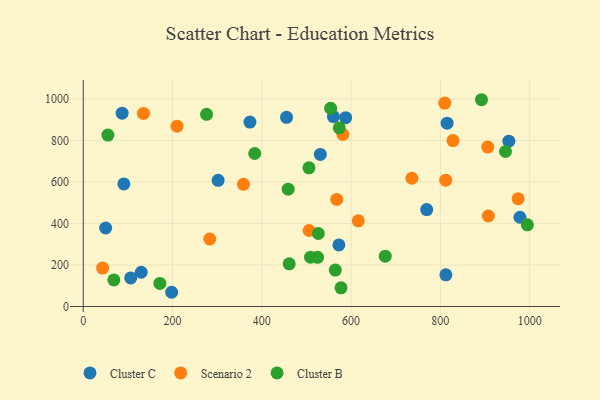
{"axis": {"x": "Speed", "y": "Profit"}, "legend": ["Cluster B", "Cluster C", "Scenario 2"], "data": [{"x": "87.1", "y": 931.3, "type": "Cluster C"}, {"x": "812.3", "y": 152.3, "type": "Cluster C"}, {"x": "198.0", "y": 68.4, "type": "Cluster C"}, {"x": "129.9", "y": 164.9, "type": "Cluster C"}, {"x": "531.1", "y": 732.8, "type": "Cluster C"}, {"x": "815.1", "y": 883.0, "type": "Cluster C"}, {"x": "769.4", "y": 466.8, "type": "Cluster C"}, {"x": "572.6", "y": 296.7, "type": "Cluster C"}, {"x": "91.0", "y": 590.7, "type": "Cluster C"}, {"x": "302.1", "y": 608.0, "type": "Cluster C"}, {"x": "587.9", "y": 909.9, "type": "Cluster C"}, {"x": "953.4", "y": 796.7, "type": "Cluster C"}, {"x": "978.3", "y": 430.0, "type": "Cluster C"}, {"x": "560.4", "y": 914.8, "type": "Cluster C"}, {"x": "50.2", "y": 378.2, "type": "Cluster C"}, {"x": "373.4", "y": 888.5, "type": "Cluster C"}, {"x": "455.4", "y": 911.4, "type": "Cluster C"}, {"x": "106.3", "y": 137.5, "type": "Cluster C"}, {"x": "907.5", "y": 436.0, "type": "Scenario 2"}, {"x": "811.9", "y": 608.5, "type": "Scenario 2"}, {"x": "567.9", "y": 515.9, "type": "Scenario 2"}, {"x": "358.9", "y": 588.5, "type": "Scenario 2"}, {"x": "809.8", "y": 980.1, "type": "Scenario 2"}, {"x": "210.1", "y": 868.8, "type": "Scenario 2"}, {"x": "134.9", "y": 930.4, "type": "Scenario 2"}, {"x": "43.4", "y": 184.9, "type": "Scenario 2"}, {"x": "616.1", "y": 412.8, "type": "Scenario 2"}, {"x": "283.4", "y": 325.0, "type": "Scenario 2"}, {"x": "581.7", "y": 828.7, "type": "Scenario 2"}, {"x": "906.1", "y": 768.0, "type": "Scenario 2"}, {"x": "828.3", "y": 799.3, "type": "Scenario 2"}, {"x": "974.2", "y": 519.5, "type": "Scenario 2"}, {"x": "736.2", "y": 617.9, "type": "Scenario 2"}, {"x": "505.9", "y": 366.1, "type": "Scenario 2"}, {"x": "68.5", "y": 127.9, "type": "Cluster B"}, {"x": "524.8", "y": 237.0, "type": "Cluster B"}, {"x": "994.9", "y": 393.5, "type": "Cluster B"}, {"x": "384.1", "y": 737.1, "type": "Cluster B"}, {"x": "459.1", "y": 565.4, "type": "Cluster B"}, {"x": "276.2", "y": 925.7, "type": "Cluster B"}, {"x": "461.3", "y": 205.3, "type": "Cluster B"}, {"x": "573.5", "y": 860.5, "type": "Cluster B"}, {"x": "509.2", "y": 237.3, "type": "Cluster B"}, {"x": "526.6", "y": 351.5, "type": "Cluster B"}, {"x": "171.6", "y": 111.0, "type": "Cluster B"}, {"x": "945.9", "y": 746.8, "type": "Cluster B"}, {"x": "505.6", "y": 668.3, "type": "Cluster B"}, {"x": "676.5", "y": 242.2, "type": "Cluster B"}, {"x": "892.1", "y": 996.2, "type": "Cluster B"}, {"x": "554.2", "y": 955.1, "type": "Cluster B"}, {"x": "55.2", "y": 825.9, "type": "Cluster B"}, {"x": "577.4", "y": 89.9, "type": "Cluster B"}, {"x": "564.6", "y": 175.3, "type": "Cluster B"}]}